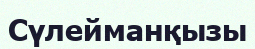
Сүлейманқызы